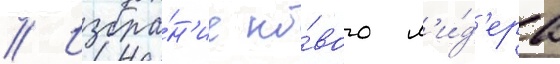
// Избра́н'ие но́вого л'и́д'ера